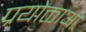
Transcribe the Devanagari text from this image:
प्रयोक्ताओ